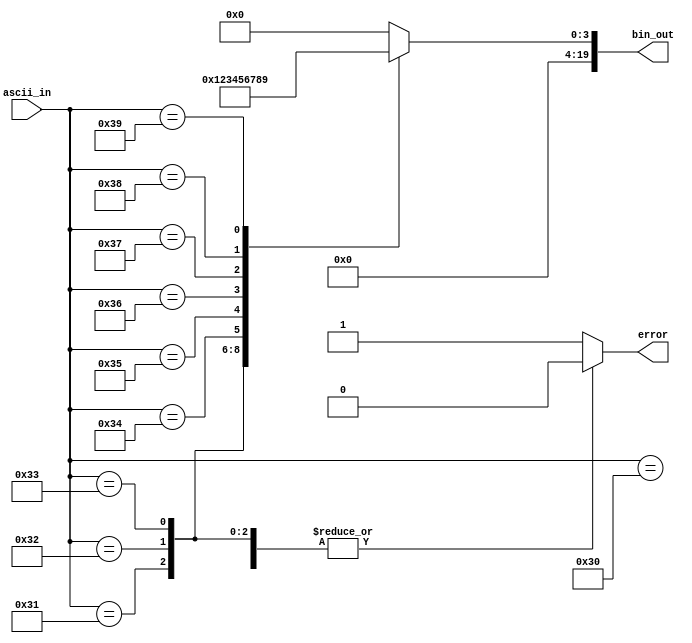
module ascii_decoder1(
	input [7:0] ascii_in,
	output reg[19:0] bin_out,
	output reg error);
	
	always begin
	
		case (ascii_in)
		
			8'h30: begin
				bin_out = 20'h00000;
				error = 0;
			end
			8'h31: begin
				bin_out = 20'h00001;
				error = 0;
			end			
			
			8'h32: begin
				bin_out = 20'h00002;
				error = 0;
			end
			
			8'h33: begin
				bin_out = 20'h00003;
				error = 0;
			end
			
			8'h34: begin
				bin_out = 20'h00004;
				error = 0;
			end
			
			8'h35: begin
				bin_out = 20'h00005;
				error = 0;
			end
			
			8'h36: begin
				bin_out = 20'h00006;
				error = 0;
			end
			
			8'h37: begin
				bin_out = 20'h00007;
				error = 0;
			end
			
			8'h38: begin
				bin_out = 20'h00008;
				error = 0;
			end
			
			8'h39: begin
				bin_out = 20'h00009;
				error = 0;
			end
			
			default: begin
				bin_out = 20'h00000;
				error = 1;
			end
			
		endcase
	
	end
endmodule